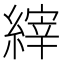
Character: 縡